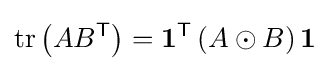
\operatorname {tr} \left(AB^{\mathsf {T}}\right)=\mathbf {1} ^{\mathsf {T}}\left(A\odot B\right)\mathbf {1}